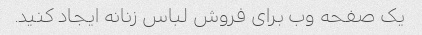
یک صفحه وب برای فروش لباس زنانه ایجاد کنید.